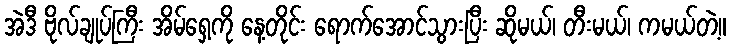
အဲဒီ ဗိုလ်ချုပ်ကြီး အိမ်ရှေ့ကို နေ့တိုင်း ရောက်အောင်သွားပြီး ဆိုမယ်၊ တီးမယ်၊ ကမယ်တဲ့။